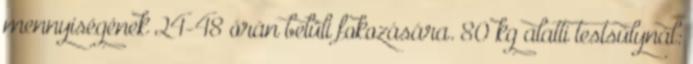
mennyiségének 24-48 órán belüli fokozására. 80 kg alatti testsúlynál: